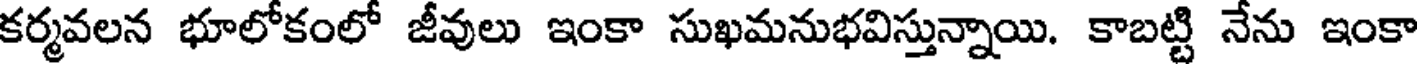
కర్మవలన భూలోకంలో జీవులు ఇంకా సుఖమనుభవిస్తున్నాయి. కాబట్టి నేను ఇంకా